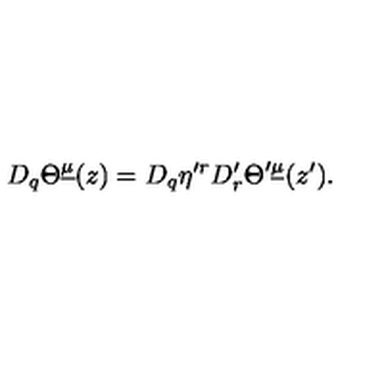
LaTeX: D _ { q } \Theta ^ { \underline { \mu } } ( z ) = D _ { q } \eta ^ { \prime r } D _ { r } ^ { \prime } \Theta ^ { \prime \underline { \mu } } ( z ^ { \prime } ) .